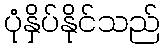
ပုံနှိပ်နိုင်သည်